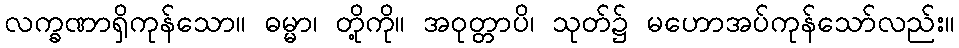
လက္ခဏာရှိကုန်သော။ ဓမ္မာ၊ တို့ကို။ အဝုတ္တာပိ၊ သုတ်၌ မဟောအပ်ကုန်သော်လည်း။